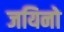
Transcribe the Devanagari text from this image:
जयिनो